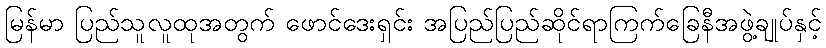
မြန်မာ ပြည်သူလူထုအတွက် ဖောင်ဒေးရှင်း အပြည်ပြည်ဆိုင်ရာကြက်ခြေနီအဖွဲ့ချုပ်နှင့်